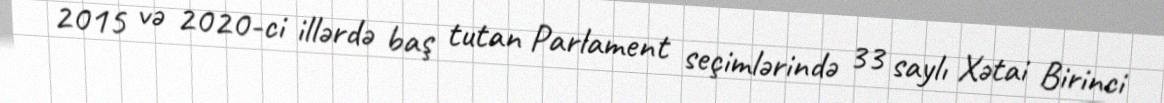
2015 və 2020-ci illərdə baş tutan Parlament seçimlərində 33 saylı Xətai Birinci